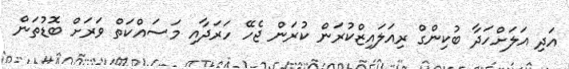
އަދި އަލަށްހަދާ ބުކިންގް ރިއަލައިޒްކުރަން ކުރަން ޖެހޭ ހަރަދާއި މަސައްކަތް ވަރަށް ބޮޑުތަން